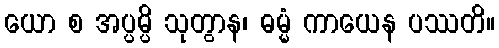
ယော စ အပ္ပမ္ပိ သုတွာန၊ ဓမ္မံ ကာယေန ပဿတိ။